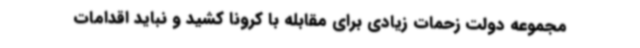
مجموعه دولت زحمات زیادی برای مقابله با کرونا کشید و نباید اقدامات